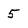
Character: 5